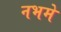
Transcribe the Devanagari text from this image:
नभमे